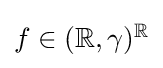
\textstyle f\in \textstyle (\mathbb {R} ,\gamma )^{\mathbb {R} }